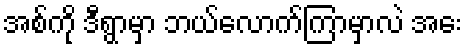
အစ်ကို ဒီရွာမှာ ဘယ်လောက်ကြာမှာလဲ အေး